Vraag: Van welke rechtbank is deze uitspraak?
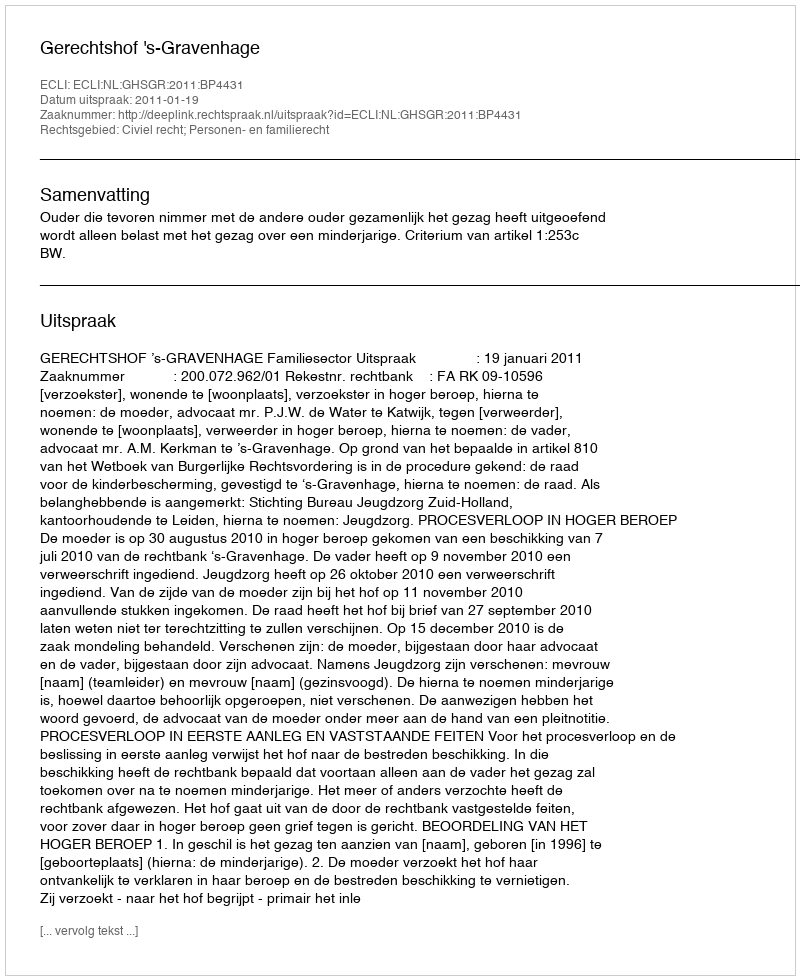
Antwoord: Gerechtshof 's-Gravenhage